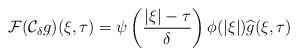
LaTeX: \begin{align*} \mathcal{F}(\mathcal C_{\delta} g)(\xi,\tau) = \psi\left( \frac{|\xi|-\tau}{\delta}\right) \phi(|\xi|) \widehat{g}(\xi,\tau)\end{align*}